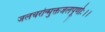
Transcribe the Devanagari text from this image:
जलचरोन्मुक्तजलपूर्णाः।।